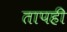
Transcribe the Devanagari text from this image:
तापही